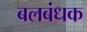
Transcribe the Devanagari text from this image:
बलबंधक